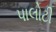
પાલોટી